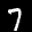
Label: 7